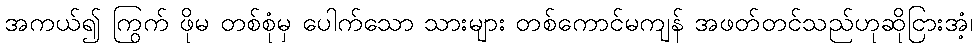
အကယ်၍ ကြွက် ဖိုမ တစ်စုံမှ ပေါက်သော သားများ တစ်ကောင်မကျန် အဖတ်တင်သည်ဟုဆိုငြားအံ့၊